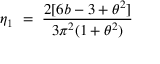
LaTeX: \eta _ { 1 } ~ = ~ \frac { 2 [ 6 b - 3 + \theta ^ { 2 } ] } { 3 \pi ^ { 2 } ( 1 + \theta ^ { 2 } ) }